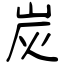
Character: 炭